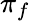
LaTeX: \pi_{f}